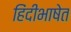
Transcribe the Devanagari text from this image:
हिंदीभाषेत